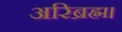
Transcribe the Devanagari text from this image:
अरिब्रह्म।